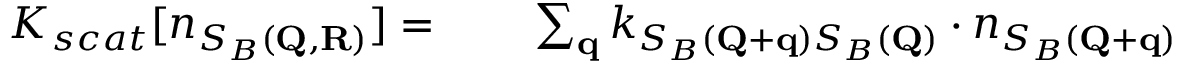
\begin{array} { r l } { K _ { s c a t } [ n _ { S _ { B } ( \mathbf { Q } , \mathbf { R } ) } ] = \; } & { { } \; \; \; \sum _ { \mathbf { q } } k _ { S _ { B } ( \mathbf { Q } + \mathbf { q } ) S _ { B } ( \mathbf { Q } ) } \cdot n _ { S _ { B } ( \mathbf { Q } + \mathbf { q } ) } } \end{array}